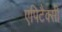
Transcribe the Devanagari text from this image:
एपिटैक्सी